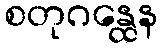
စတုဂန္ထေန